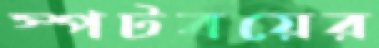
স্পটবয়ের